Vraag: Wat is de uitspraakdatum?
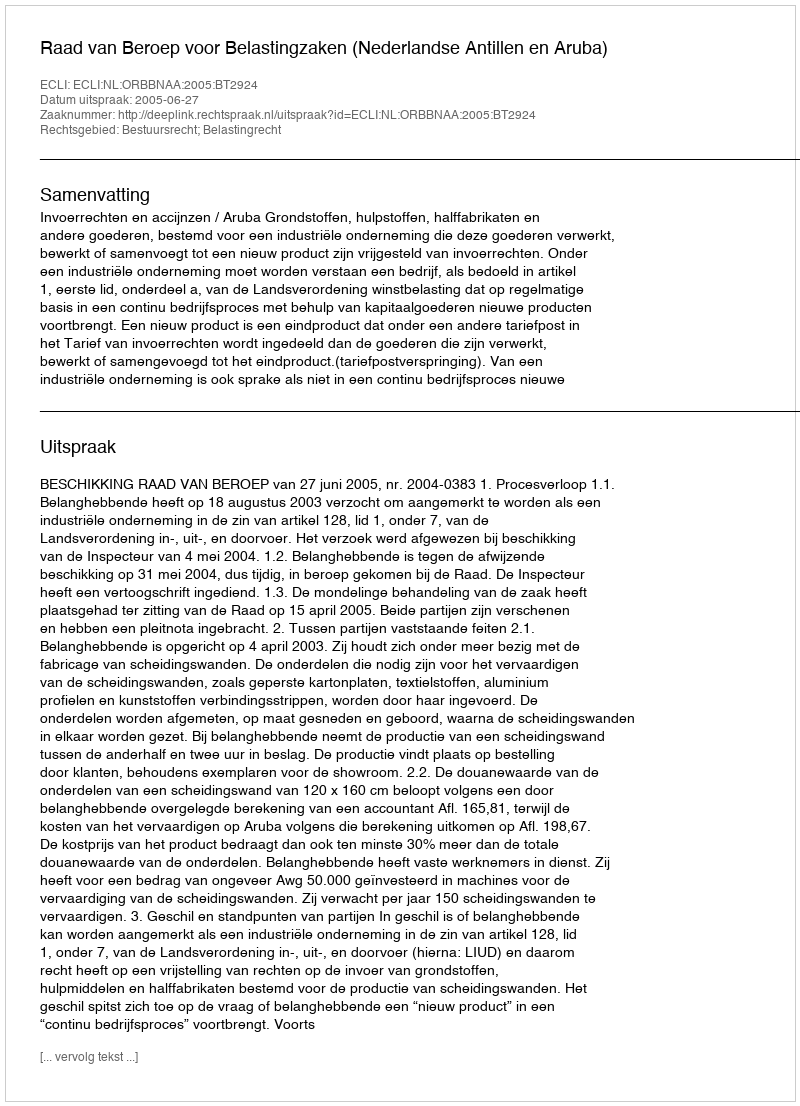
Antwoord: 2005-06-27